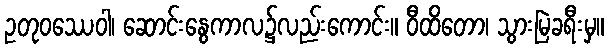
ဥတုဝဿေဝါ၊ ဆောင်းနွေကာလ၌လည်းကောင်း။ ဝီထိတော၊ သွားမြဲခရီးမှ။